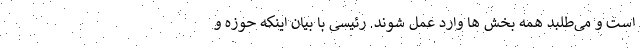
است و می‌طلبد همه بخش ها وارد عمل شوند. رئیسی با بیان اینکه حوزه و